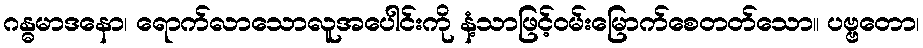
ဂန္ဓမာဒနော၊ ရောက်လာသောလူအပေါင်းကို နံ့သာဖြင့်ဝမ်းမြောက်စေတတ်သော။ ပဗ္ဗတော၊